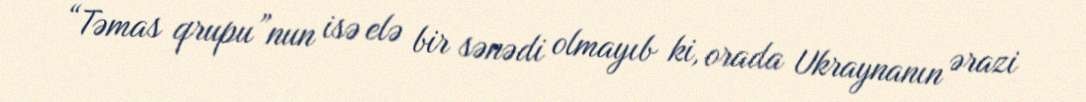
“Təmas qrupu”nun isə elə bir sənədi olmayıb ki, orada Ukraynanın ərazi